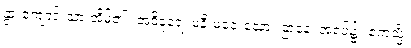
နွားကျောင်းသားအိမ်၏။ အဝိဒူရေ၊ မနီးမဝေးသော။ ဌာနေ၊ အရပ်၌။ ဧကသ္မိံ၊